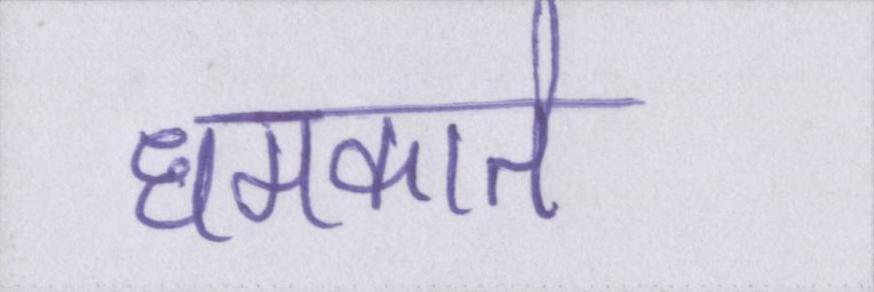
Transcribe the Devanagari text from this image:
धमकाते